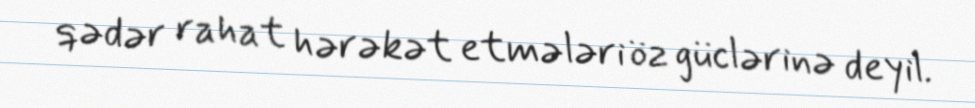
qədər rahat hərəkət etmələri öz güclərinə deyil.